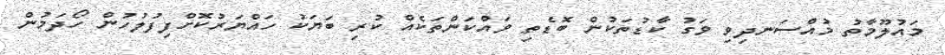
މައުލޫމާތު މުއްސަނދިވި ވަގު ކާޑުތަކުން ބޮޑެތި ވައްކަންތަކެއް ކުރި ބަޔަކު ހައްޔަރުކޮށްފިފުލުހުން ހޯދަމުން